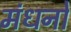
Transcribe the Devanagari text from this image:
मंधनों